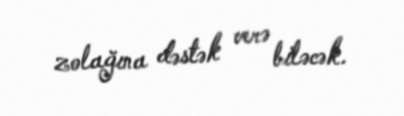
zolağına dəstək verə biləcək.